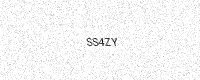
Text: SS4ZY